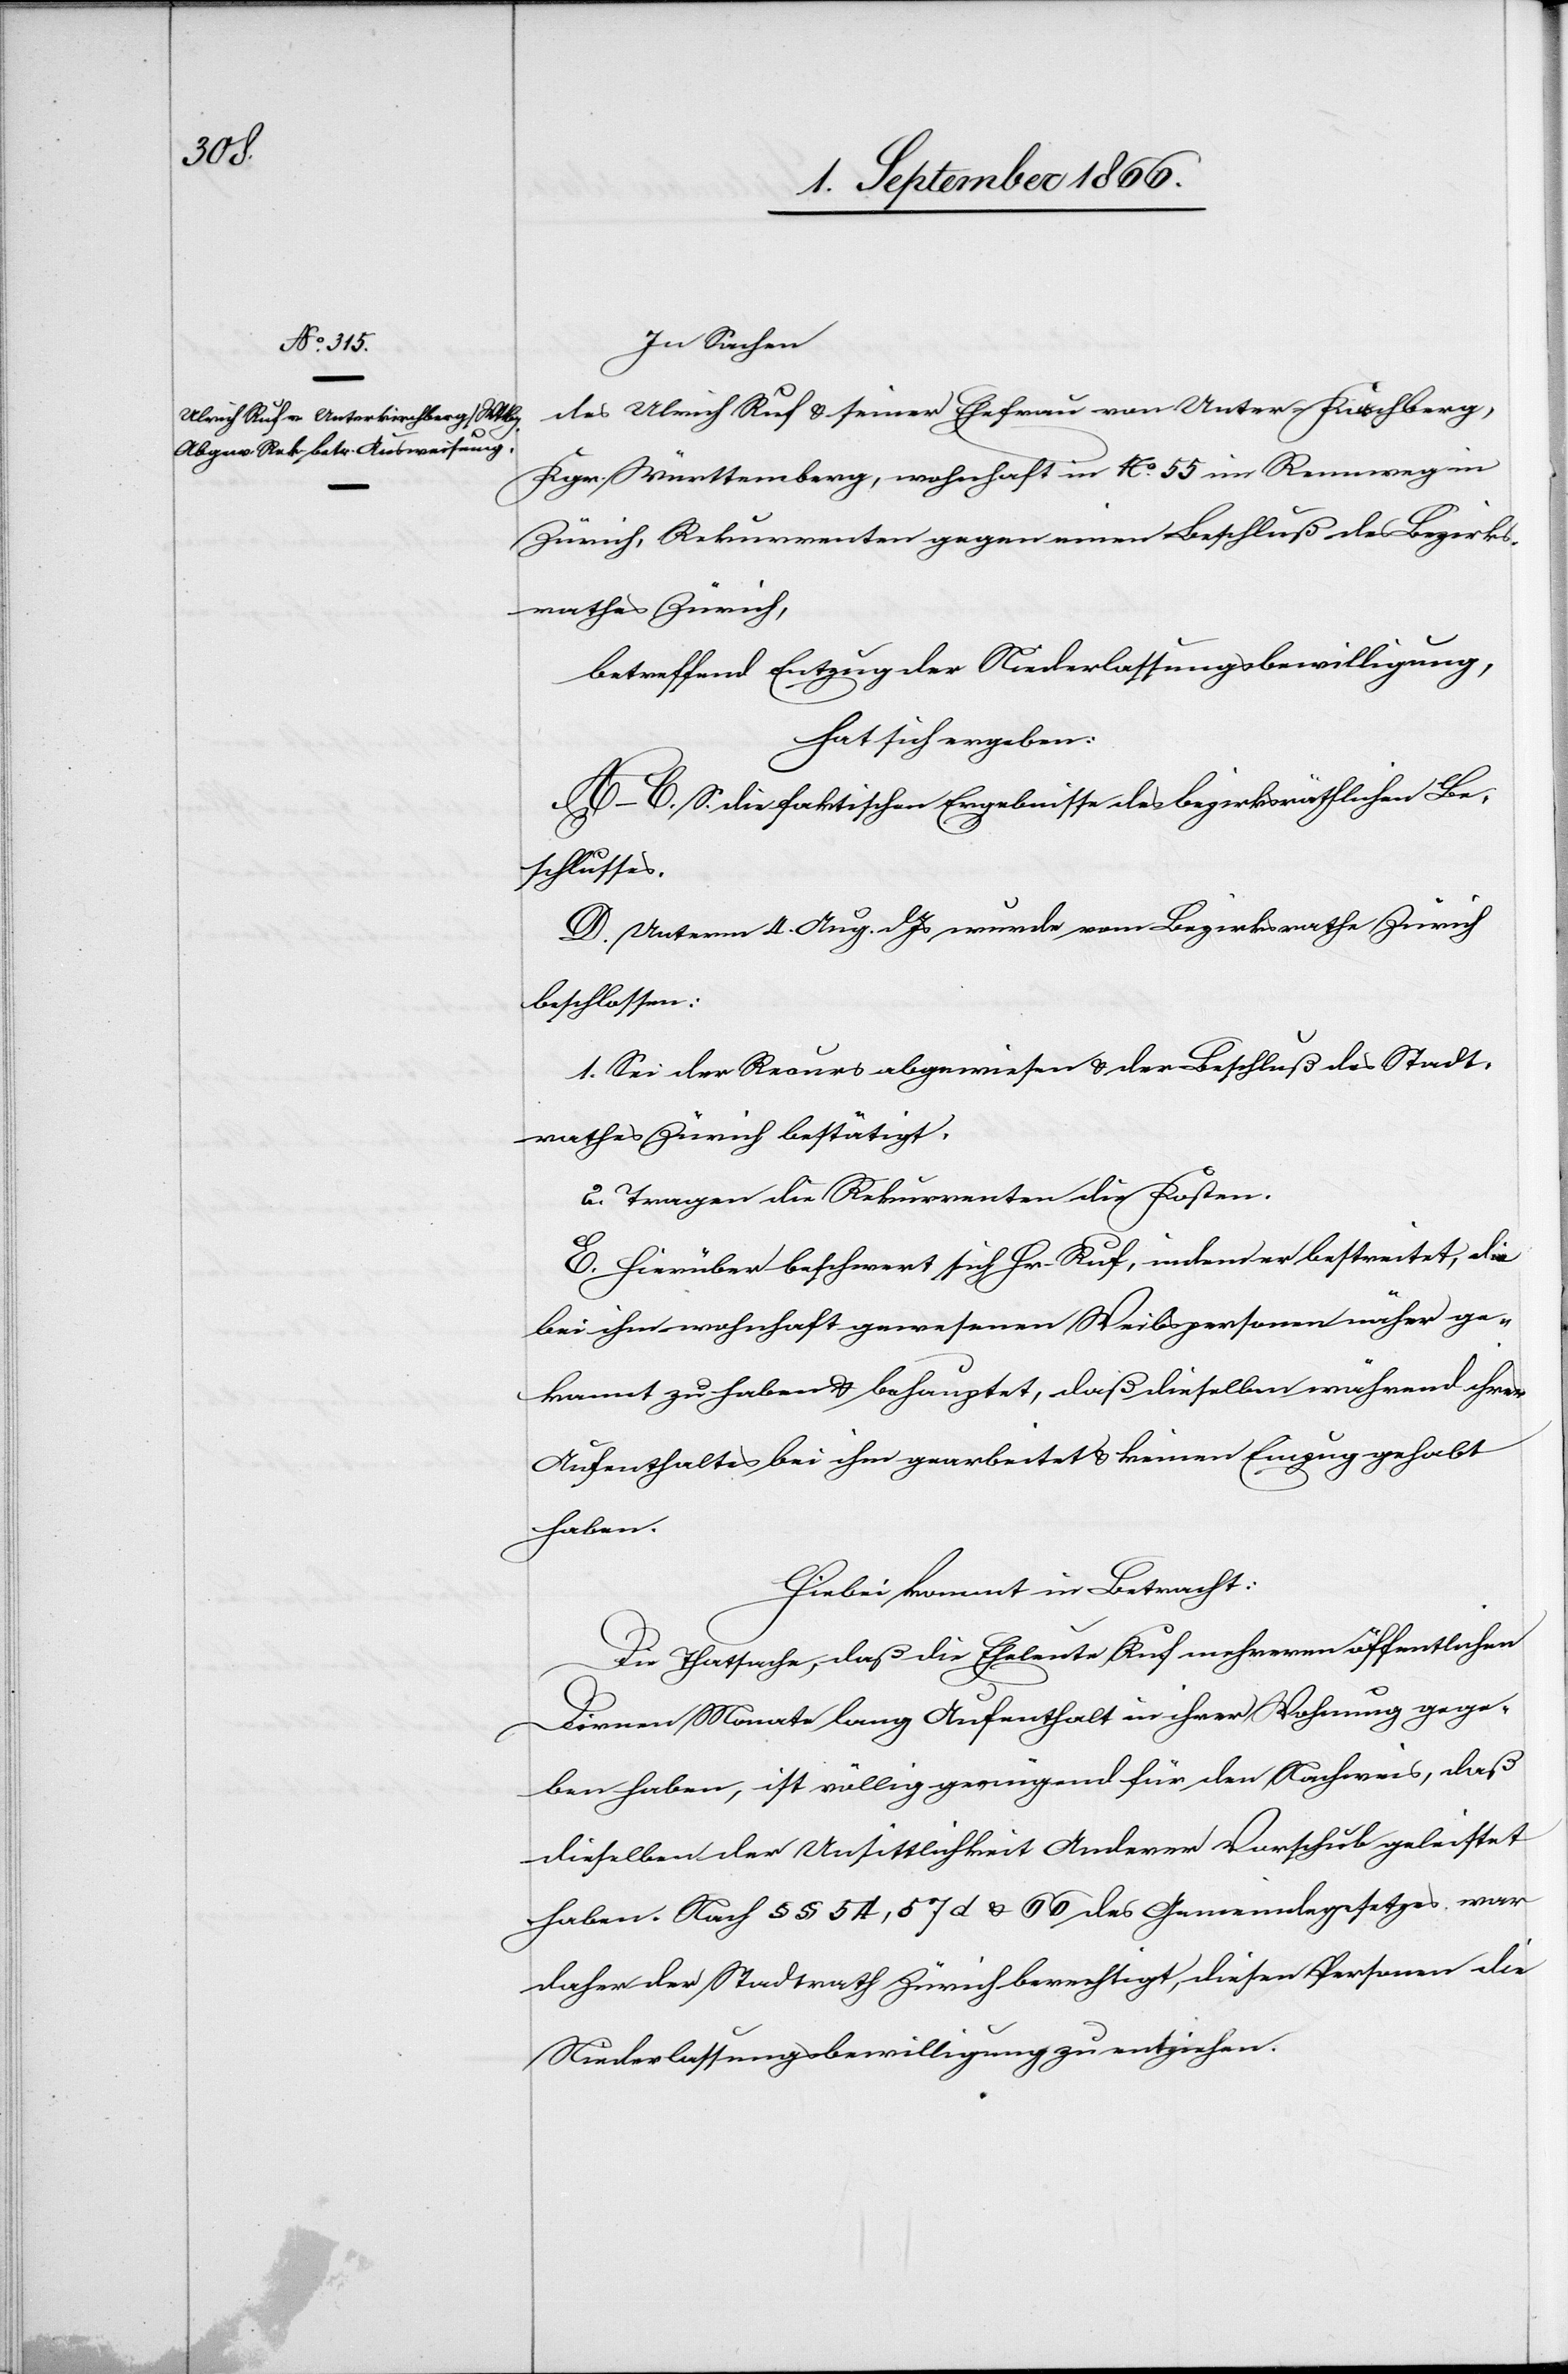
In Sachen
des Ulrich Ruf u. seiner Ehefrau von Unter-Kirchberg,
Kgr. Württemberg, wohnhaft in No. 55 im Rennweg in
Zürich, Rekurrenten gegen einen Beschluß des Bezirks¬
rathes Zürich,
betreffend Entzug der Niederlassungsbewilligung,
hat sich ergeben:
A–C. S. die faktischen Ergebnisse des bezirksräthlichen Be¬
schlusses.
D. Unterm 4. Aug. dJs. wurde vom Bezirksrathe Zürich
beschlossen:
1. Sei der Recurs abgewiesen u. der Beschluß des Stadt¬
rathes Zürich bestätigt,
2. Tragen die Rekurrenten die Kosten.
E. Hierüber beschwert sich Hr. Ruf, indem er bestreitet, die
bei ihm wohnhaft gewesenen Weibspersonen näher ge¬
kannt zu haben u. behauptet, daß dieselben während ihres
Aufenthaltes bei ihm gearbeitet u. keinen Einzug gehabt
haben.
Hiebei kommt in Betracht:
Die Thatsache, daß die Eheleute Ruf mehreren öffentlichen
Dirnen Monate lang Aufenthalt in ihrer Wohnung gege¬
ben haben, ist völlig genügend für den Nachweis, daß
dieselben der Unsittlichkeit Anderer Vorschub geleistet
haben. Nach § § 54, 57 u. 66 des Gemeindegesetzes war
daher der Stadtrath Zürich berechtigt, diesen Personen die
Niederlassungsbewilligung zu entziehen.